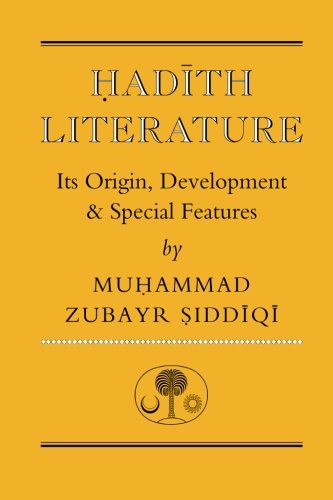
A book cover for Hadith Literature: Its Origin, Development & Special Features (Islamic Texts Society); Muhammad Zubayr Siddiqi; Religion & Spirituality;